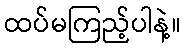
ထပ်မကြည့်ပါနဲ့။